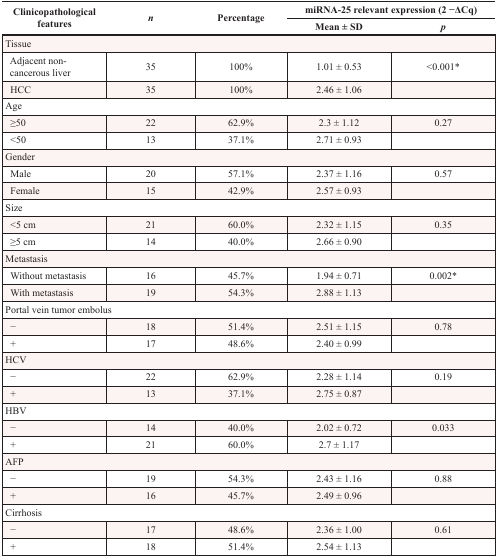
| <ROWSPAN=2> Clinicopathological features | <ROWSPAN=2> n | <ROWSPAN=2> Percentage | <COLSPAN=2> miRNA-25 relevant expression (2 −ΔCq) |
 | Mean ± SD | p |
 | --- | --- | --- | --- | --- |
 | <COLSPAN=5> Tissue |
 | Adjacent non-cancerous liver | 35 | 100% | 1.01 ± 0.53 | <0.001* |
 | HCC | 35 | 100% | 2.46 ± 1.06 |  |
 | <COLSPAN=5> Age |
 | ≥50 | 22 | 62.9% | 2.3 ± 1.12 | 0.27 |
 | <50 | 13 | 37.1% | 2.71 ± 0.93 |  |
 | <COLSPAN=5> Gender |
 | Male | 20 | 57.1% | 2.37 ± 1.16 | 0.57 |
 | Female | 15 | 42.9% | 2.57 ± 0.93 |  |
 | <COLSPAN=5> Size |
 | <5 cm | 21 | 60.0% | 2.32 ± 1.15 | 0.35 |
 | ≥5 cm | 14 | 40.0% | 2.66 ± 0.90 |  |
 | <COLSPAN=5> Metastasis |
 | Without metastasis | 16 | 45.7% | 1.94 ± 0.71 | 0.002* |
 | With metastasis | 19 | 54.3% | 2.88 ± 1.13 |  |
 | <COLSPAN=5> Portal vein tumor embolus |
 | − | 18 | 51.4% | 2.51 ± 1.15 | 0.78 |
 | + | 17 | 48.6% | 2.40 ± 0.99 |  |
 | <COLSPAN=5> HCV |
 | − | 22 | 62.9% | 2.28 ± 1.14 | 0.19 |
 | + | 13 | 37.1% | 2.75 ± 0.87 |  |
 | <COLSPAN=5> HBV |
 | − | 14 | 40.0% | 2.02 ± 0.72 | 0.033 |
 | + | 21 | 60.0% | 2.7 ± 1.17 |  |
 | <COLSPAN=5> AFP |
 | − | 19 | 54.3% | 2.43 ± 1.16 | 0.88 |
 | + | 16 | 45.7% | 2.49 ± 0.96 |  |
 | <COLSPAN=5> Cirrhosis |
 | − | 17 | 48.6% | 2.36 ± 1.00 | 0.61 |
 | + | 18 | 51.4% | 2.54 ± 1.13 |  |